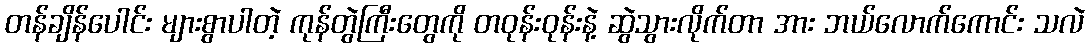
တန်ချိန်ပေါင်း များစွာပါတဲ့ ကုန်တွဲကြီးတွေကို တဝုန်းဝုန်းနဲ့ ဆွဲသွားလိုက်တာ အား ဘယ်လောက်ကောင်း သလဲ